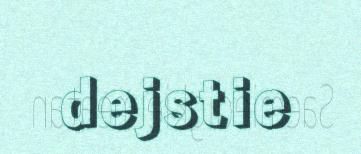
dejstie